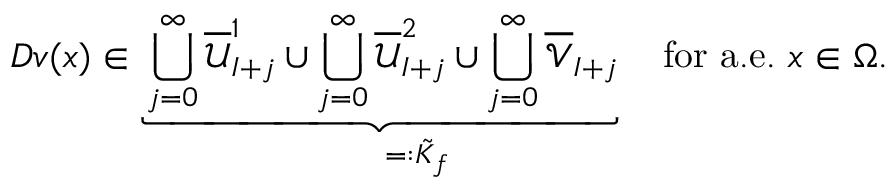
D v ( x ) \in \underbrace { \bigcup _ { j = 0 } ^ { \infty } \overline { { \mathcal { U } } } _ { I + j } ^ { 1 } \cup \bigcup _ { j = 0 } ^ { \infty } \overline { { \mathcal { U } } } _ { I + j } ^ { 2 } \cup \bigcup _ { j = 0 } ^ { \infty } \overline { { \mathcal { V } } } _ { I + j } } _ { \qquad = : \tilde { K } _ { f } } \quad \mathrm { f o r ~ a . e . ~ } x \in \Omega .